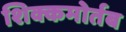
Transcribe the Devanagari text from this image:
शिक्कमोर्तब